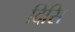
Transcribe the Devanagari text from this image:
दिसि